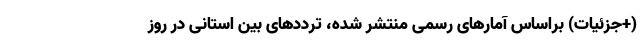
(+جزئیات) براساس آمارهای رسمی منتشر شده، ترددهای بین‌ استانی در روز